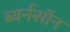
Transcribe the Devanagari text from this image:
ब्यर्नसॉन